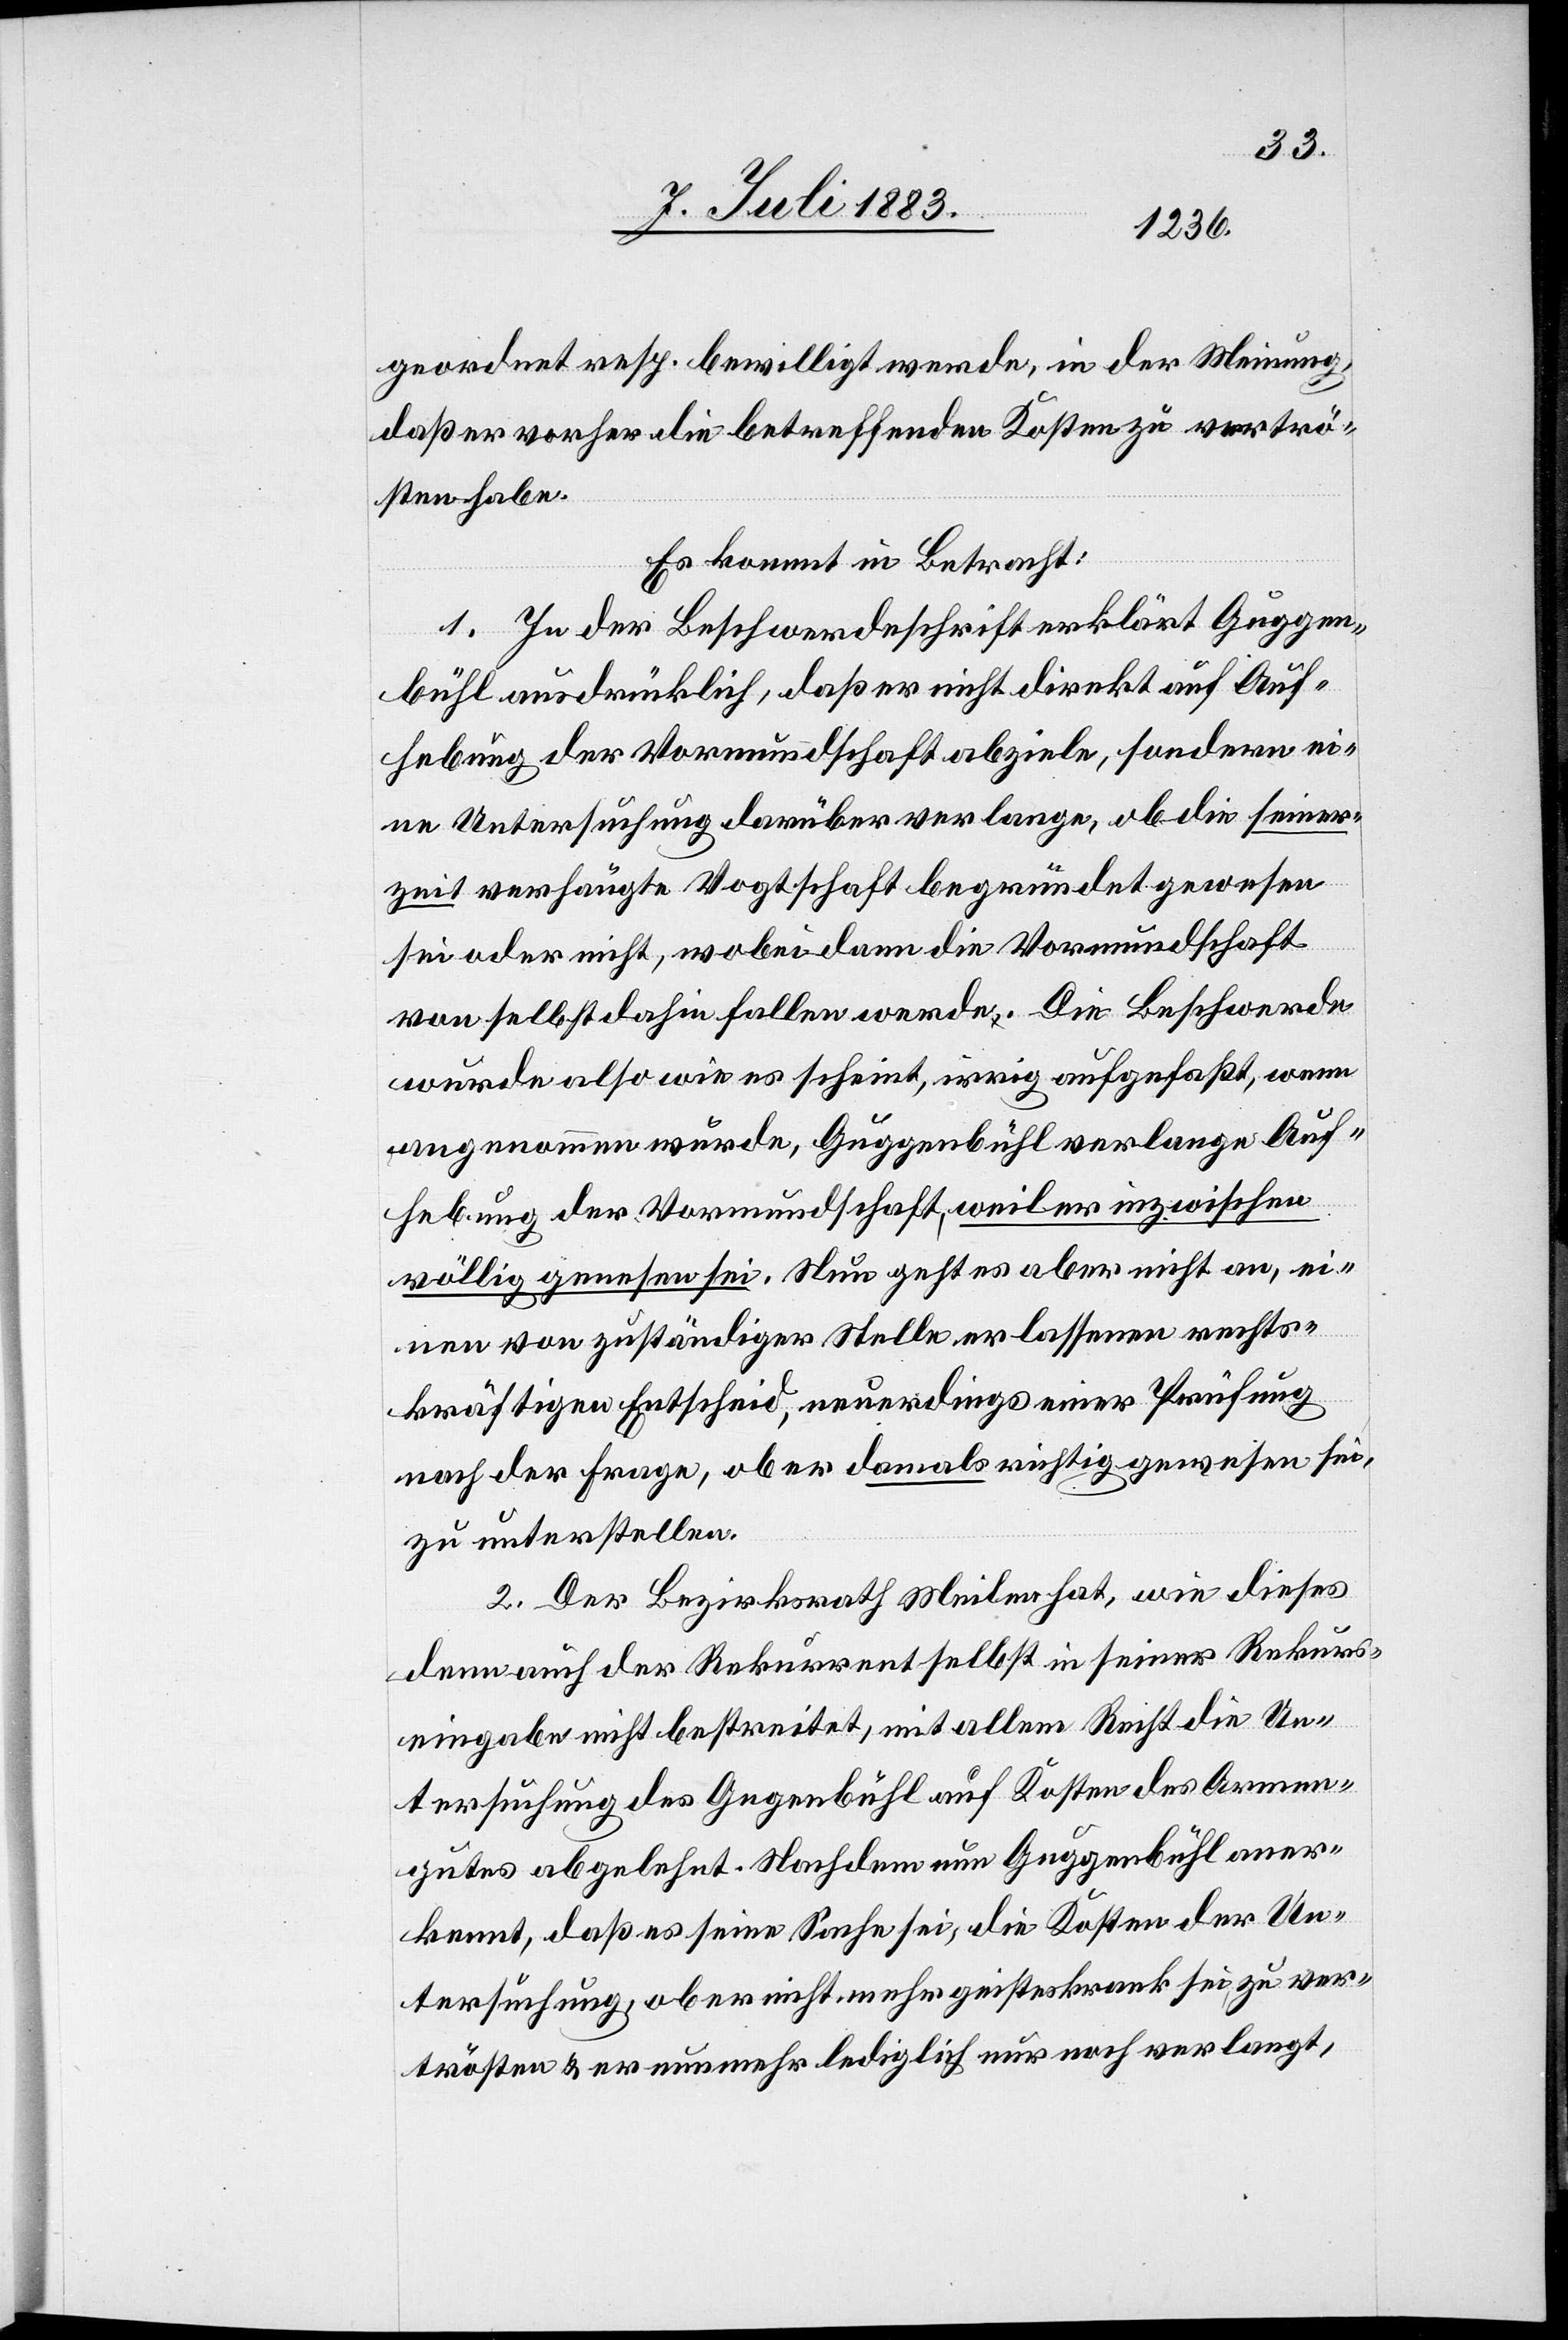
geordnet resp. bewilligt werde, in der Meinung,
daß er vorher die betreffenden Kosten zu vertrö¬
sten habe.
Es kommt in Betracht:
1. In der Beschwerdeschrift erklärt Guggen¬
bühl ausdrücklich, daß er nicht direkt auf Auf¬
hebung der Vormundschaft abziele, sondern ei¬
ne Untersuchung darüber verlange, ob die seiner¬
zeit verhängte Vogtschaft begründet gewesen
sei oder nicht, wobei dann die Vormundschaft
von selbst dahin fallen werde. Die Beschwerde
wurde also wie es scheint, irrig aufgefaßt, wenn
angenommen wurde, Guggenbühl verlange Auf¬
hebung der Vormundschaft, weil er inzwischen
völlig genesen sei. Nun geht es aber nicht an, ei¬
nen von zuständiger Stelle erlassenen rechts¬
kräftigen Entscheid, neuerdings einer Prüfung
nach der Frage, ob er damals richtig gewesen sei,
zu unterstellen.
2. Der Bezirksrath Meilen hat, wie dieses
denn auch der Rekurrent selbst in seiner Rekurs¬
eingabe nicht bestreitet, mit allem Recht die Un¬
tersuchung des Guggenbühl auf Kosten des Armen¬
gutes abgelehnt. Nachdem nun Guggenbühl aner¬
kennt, daß es seine Sache sei, die Kosten der Un¬
tersuchung, ob er nicht mehr geisteskrank sei, zu ver¬
trösten & er nunmehr lediglich nur noch verlangt,